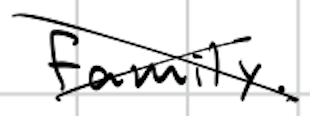
Text: family.
Cross-out: cross
Writing tool: digital_black